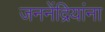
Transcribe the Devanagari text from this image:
जननेंद्रियांना